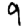
Digit: 9